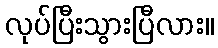
လုပ်ပြီးသွားပြီလား။